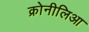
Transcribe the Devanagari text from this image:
क्रोनीलिआ